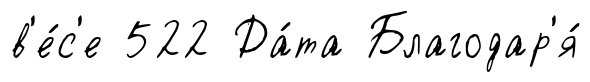
в'е́с'е 522 Да́та Благодар'я́